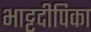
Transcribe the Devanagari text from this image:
भाट्टदीपिका